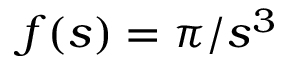
f ( s ) = \pi / s ^ { 3 }